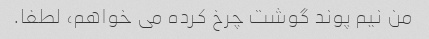
من نیم پوند گوشت چرخ کرده می خواهم، لطفا.